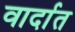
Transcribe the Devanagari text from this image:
वार्दात